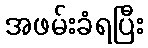
အဖမ်းခံရပြီး